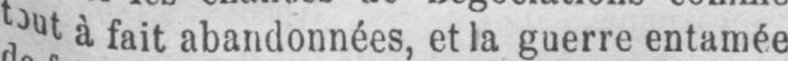
tout à fait abandonnées, et la guerre entamée